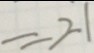
= 2 1